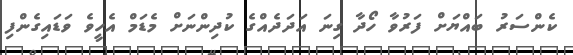
ކެންސަރު ބައްޔަށް ފަރުވާ ހޯދާ ގިނަ އަދަދެއްގެ ކުދިންނަށް މެޑަމް އެހީވެ ވަޑައިގެންފި